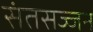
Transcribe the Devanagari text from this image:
संतसज्जन